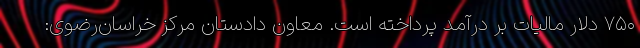
۷۵۰ دلار مالیات بر درآمد پرداخته است. معاون دادستان مرکز خراسان‌رضوی: